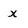
Character: X